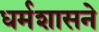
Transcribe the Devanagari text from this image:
धर्मशासने